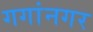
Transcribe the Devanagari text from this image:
गगांनगर